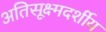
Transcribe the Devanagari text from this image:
अतिसूक्ष्मदर्शीय